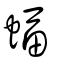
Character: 蝠